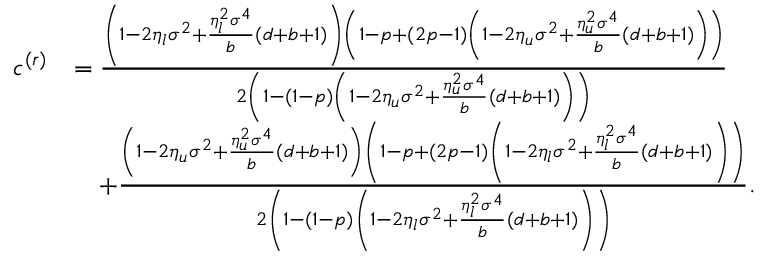
\begin{array} { r l } { c ^ { ( r ) } } & { = \frac { \left( 1 - 2 \eta _ { l } \sigma ^ { 2 } + \frac { \eta _ { l } ^ { 2 } \sigma ^ { 4 } } { b } ( d + b + 1 ) \right) \left( 1 - p + ( 2 p - 1 ) \left( 1 - 2 \eta _ { u } \sigma ^ { 2 } + \frac { \eta _ { u } ^ { 2 } \sigma ^ { 4 } } { b } ( d + b + 1 ) \right) \right) } { 2 \left( 1 - ( 1 - p ) \left( 1 - 2 \eta _ { u } \sigma ^ { 2 } + \frac { \eta _ { u } ^ { 2 } \sigma ^ { 4 } } { b } ( d + b + 1 ) \right) \right) } } \\ & { \quad + \frac { \left( 1 - 2 \eta _ { u } \sigma ^ { 2 } + \frac { \eta _ { u } ^ { 2 } \sigma ^ { 4 } } { b } ( d + b + 1 ) \right) \left( 1 - p + ( 2 p - 1 ) \left( 1 - 2 \eta _ { l } \sigma ^ { 2 } + \frac { \eta _ { l } ^ { 2 } \sigma ^ { 4 } } { b } ( d + b + 1 ) \right) \right) } { 2 \left( 1 - ( 1 - p ) \left( 1 - 2 \eta _ { l } \sigma ^ { 2 } + \frac { \eta _ { l } ^ { 2 } \sigma ^ { 4 } } { b } ( d + b + 1 ) \right) \right) } . } \end{array}